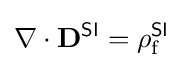
\nabla \cdot \mathbf {D} ^{\textsf {SI}}=\rho _{\text{f}}^{\textsf {SI}}